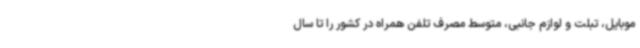
موبایل، تبلت و لوازم جانبی، متوسط مصرف تلفن همراه در کشور را تا سال